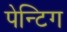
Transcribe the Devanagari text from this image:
पेन्टिग